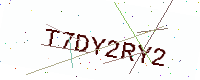
Text: T7DY2RY2